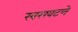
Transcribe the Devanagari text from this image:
खरखटणे